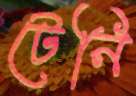
টেনি